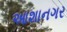
આશાનગર